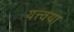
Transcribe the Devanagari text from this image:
यत्त्वया